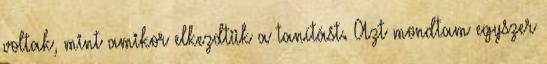
voltak, mint amikor elkezdtük a tanítást. Azt mondtam egyszer